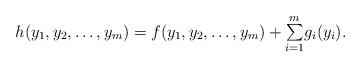
LaTeX: \begin{align*}\begin{array}{c}h(y_{1},y_{2},\dots,y_{m})=f(y_{1},y_{2},\dots,y_{m})+\underset{i=1}{\overset{m}{\sum}}g_{i}(y_{i}).\end{array}\end{align*}